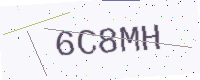
Text: 6C8MH